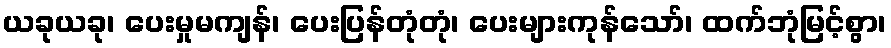
ယခုယခု၊ ပေးမှုမကျန်၊ ပေးပြန်တုံတုံ၊ ပေးများကုန်သော်၊ ထက်ဘုံမြင့်စွာ၊